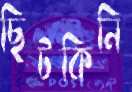
ছিটকিনি